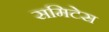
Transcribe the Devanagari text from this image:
समिटेस